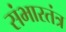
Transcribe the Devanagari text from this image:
संभारतंत्र